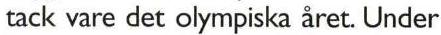
tack vare det olympiska året. Under